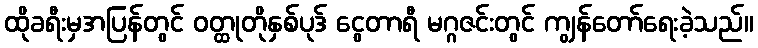
ထိုခရီးမှအပြန်တွင် ဝတ္ထုတိုနှစ်ပုဒ် ငွေတာရီ မဂ္ဂဇင်းတွင် ကျွန်တော်ရေးခဲ့သည်။